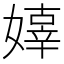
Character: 嫴